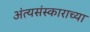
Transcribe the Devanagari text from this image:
अंत्यसंस्काराच्या